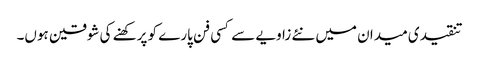
تنقیدی میدان میں نئے زاویے سے کسی فن پارے کو پرکھنے کی شوقین ہوں۔